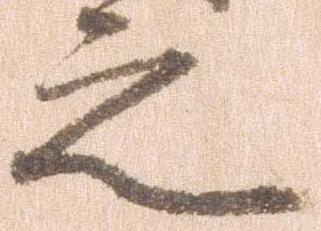
之